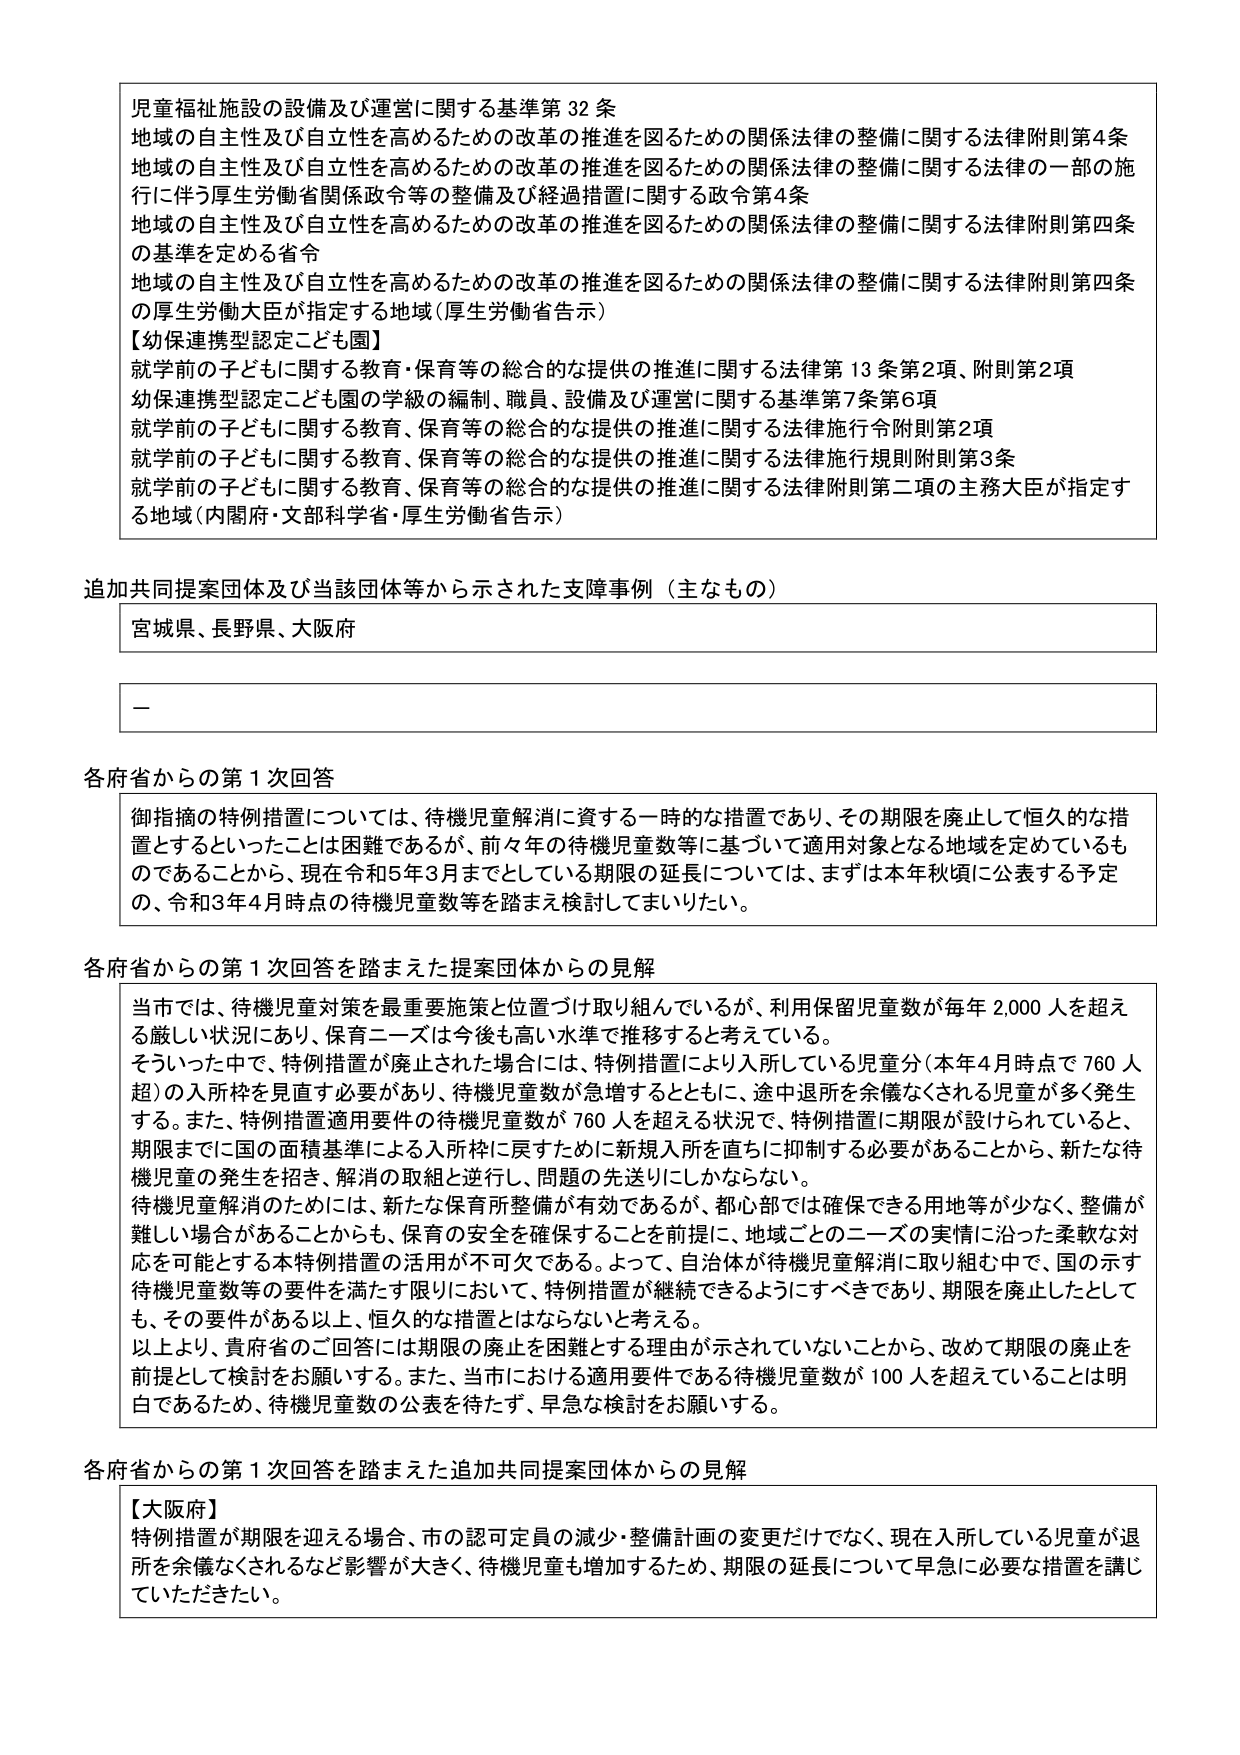
児童福祉施設の設備及び運営に関する基準第32条
地域の自主性及び自立性を高めるための改革の推進を図るための関係法律の整備に関する法律附則第4条
地域の自主性及び自立性を高めるための改革の推進を図るための関係法律の整備に関する法律の一部の施行に伴う厚生労働省関係政令等の整備及び経過措置に関する政令第4条
地域の自主性及び自立性を高めるための改革の推進を図るための関係法律の整備に関する法律附則第四条の基準を定める省令
地域の自主性及び自立性を高めるための改革の推進を図るための関係法律の整備に関する法律附則第四条の厚生労働大臣が指定する地域（厚生労働省告示）
【幼保連携型認定こども園】
就学前の子どもに関する教育・保育等の総合的な提供の推進に関する法律第13条第2項、附則第2項
幼保連携型認定こども園の学級の編制、職員、設備及び運営に関する基準第7条第6項
就学前の子どもに関する教育、保育等の総合的な提供の推進に関する法律施行令附則第2項
就学前の子どもに関する教育、保育等の総合的な提供の推進に関する法律施行規則附則第3条
就学前の子どもに関する教育、保育等の総合的な提供の推進に関する法律附則第二項の主務大臣が指定する地域（内閣府・文部科学省・厚生労働省告示）

追加共同提案団体及び当該団体等から示された支障事例（主なもの）
宮城県、長野県、大阪府
－

各府省からの第1次回答
御指摘の特例措置については、待機児童解消に資する一時的な措置であり、その期限を廃止して恒久的な措置とするといったことは困難であるが、前々年の待機児童数等に基づいて適用対象となる地域を定めているものであることから、現在令和5年3月までとしている期限の延長については、まずは本年秋頃に公表する予定の、令和3年4月時点の待機児童数等を踏まえ検討してまいりたい。

各府省からの第1次回答を踏まえた提案団体からの見解
当市では、待機児童対策を最重要施策と位置づけ取り組んでいるが、利用保留児童数が毎年2,000人を超える厳しい状況にあり、保育ニーズは今後も高い水準で推移すると考えている。
そういった中で、特例措置が廃止された場合には、特例措置により入所している児童分（本年4月時点で760人超）の入所枠を見直す必要があり、待機児童数が急増するとともに、途中退所を余儀なくされる児童が多く発生する。また、特例措置適用要件の待機児童数が760人を超える状況で、特例措置に期限が設けられていると、期限までに国の面積基準による入所枠に戻すために新規入所を直ちに抑制する必要があることから、新たな待機児童の発生を招き、解消の取組と逆行し、問題の先送りにしかならない。
待機児童解消のためには、新たな保育所整備が有効であるが、都心部では確保できる用地等が少なく、整備が難しい場合があることからも、保育の安全を確保することを前提に、地域ごとのニーズの実情に沿った柔軟な対応を可能とする本特例措置の活用が不可欠である。よって、自治体が待機児童解消に取り組む中で、国の示す待機児童数等の要件を満たす限りにおいて、特例措置が継続できるようにすべきであり、期限を廃止したとしても、その要件がある以上、恒久的な措置とはならないと考える。
以上より、貴府省のご回答には期限の廃止を困難とする理由が示されていないことから、改めて期限の廃止を前提として検討をお願いする。また、当市における適用要件である待機児童数が100人を超えていることは明白であるため、待機児童数の公表を待たず、早急な検討をお願いする。

各府省からの第1次回答を踏まえた追加共同提案団体からの見解
【大阪府】
特例措置が期限を迎える場合、市の認可定員の減少・整備計画の変更だけでなく、現在入所している児童が退所を余儀なくされるなど影響が大きく、待機児童も増加するため、期限の延長について早急に必要な措置を講じていただきたい。